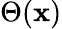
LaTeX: \Theta(\mathbf{x})